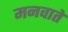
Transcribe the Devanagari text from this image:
मनवाते